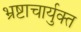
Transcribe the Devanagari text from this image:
भ्रष्टाचार्युक्त